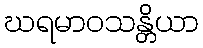
ဃရမာဝသန္တိယာ